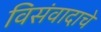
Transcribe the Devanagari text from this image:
विसंवादाचे